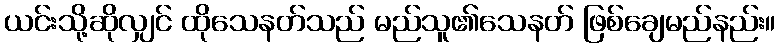
ယင်းသို့ဆိုလျှင် ထိုသေနတ်သည် မည်သူ၏သေနတ် ဖြစ်ချေမည်နည်း။